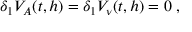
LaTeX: \delta _ { 1 } V _ { A } ( t , h ) = \delta _ { 1 } V _ { \nu } ( t , h ) = 0 \; ,